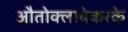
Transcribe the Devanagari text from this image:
औतोक्लावेकरके